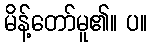
မိန့်တော်မူ၏။ ပ။